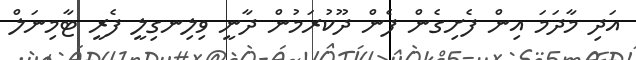
އަދި މާދަމަ އިން ފެށިގެން ފެން ދޫކުރަމުން ދާނީ ވިލިނގިލީ ފެރީ ޓާމިނަލް